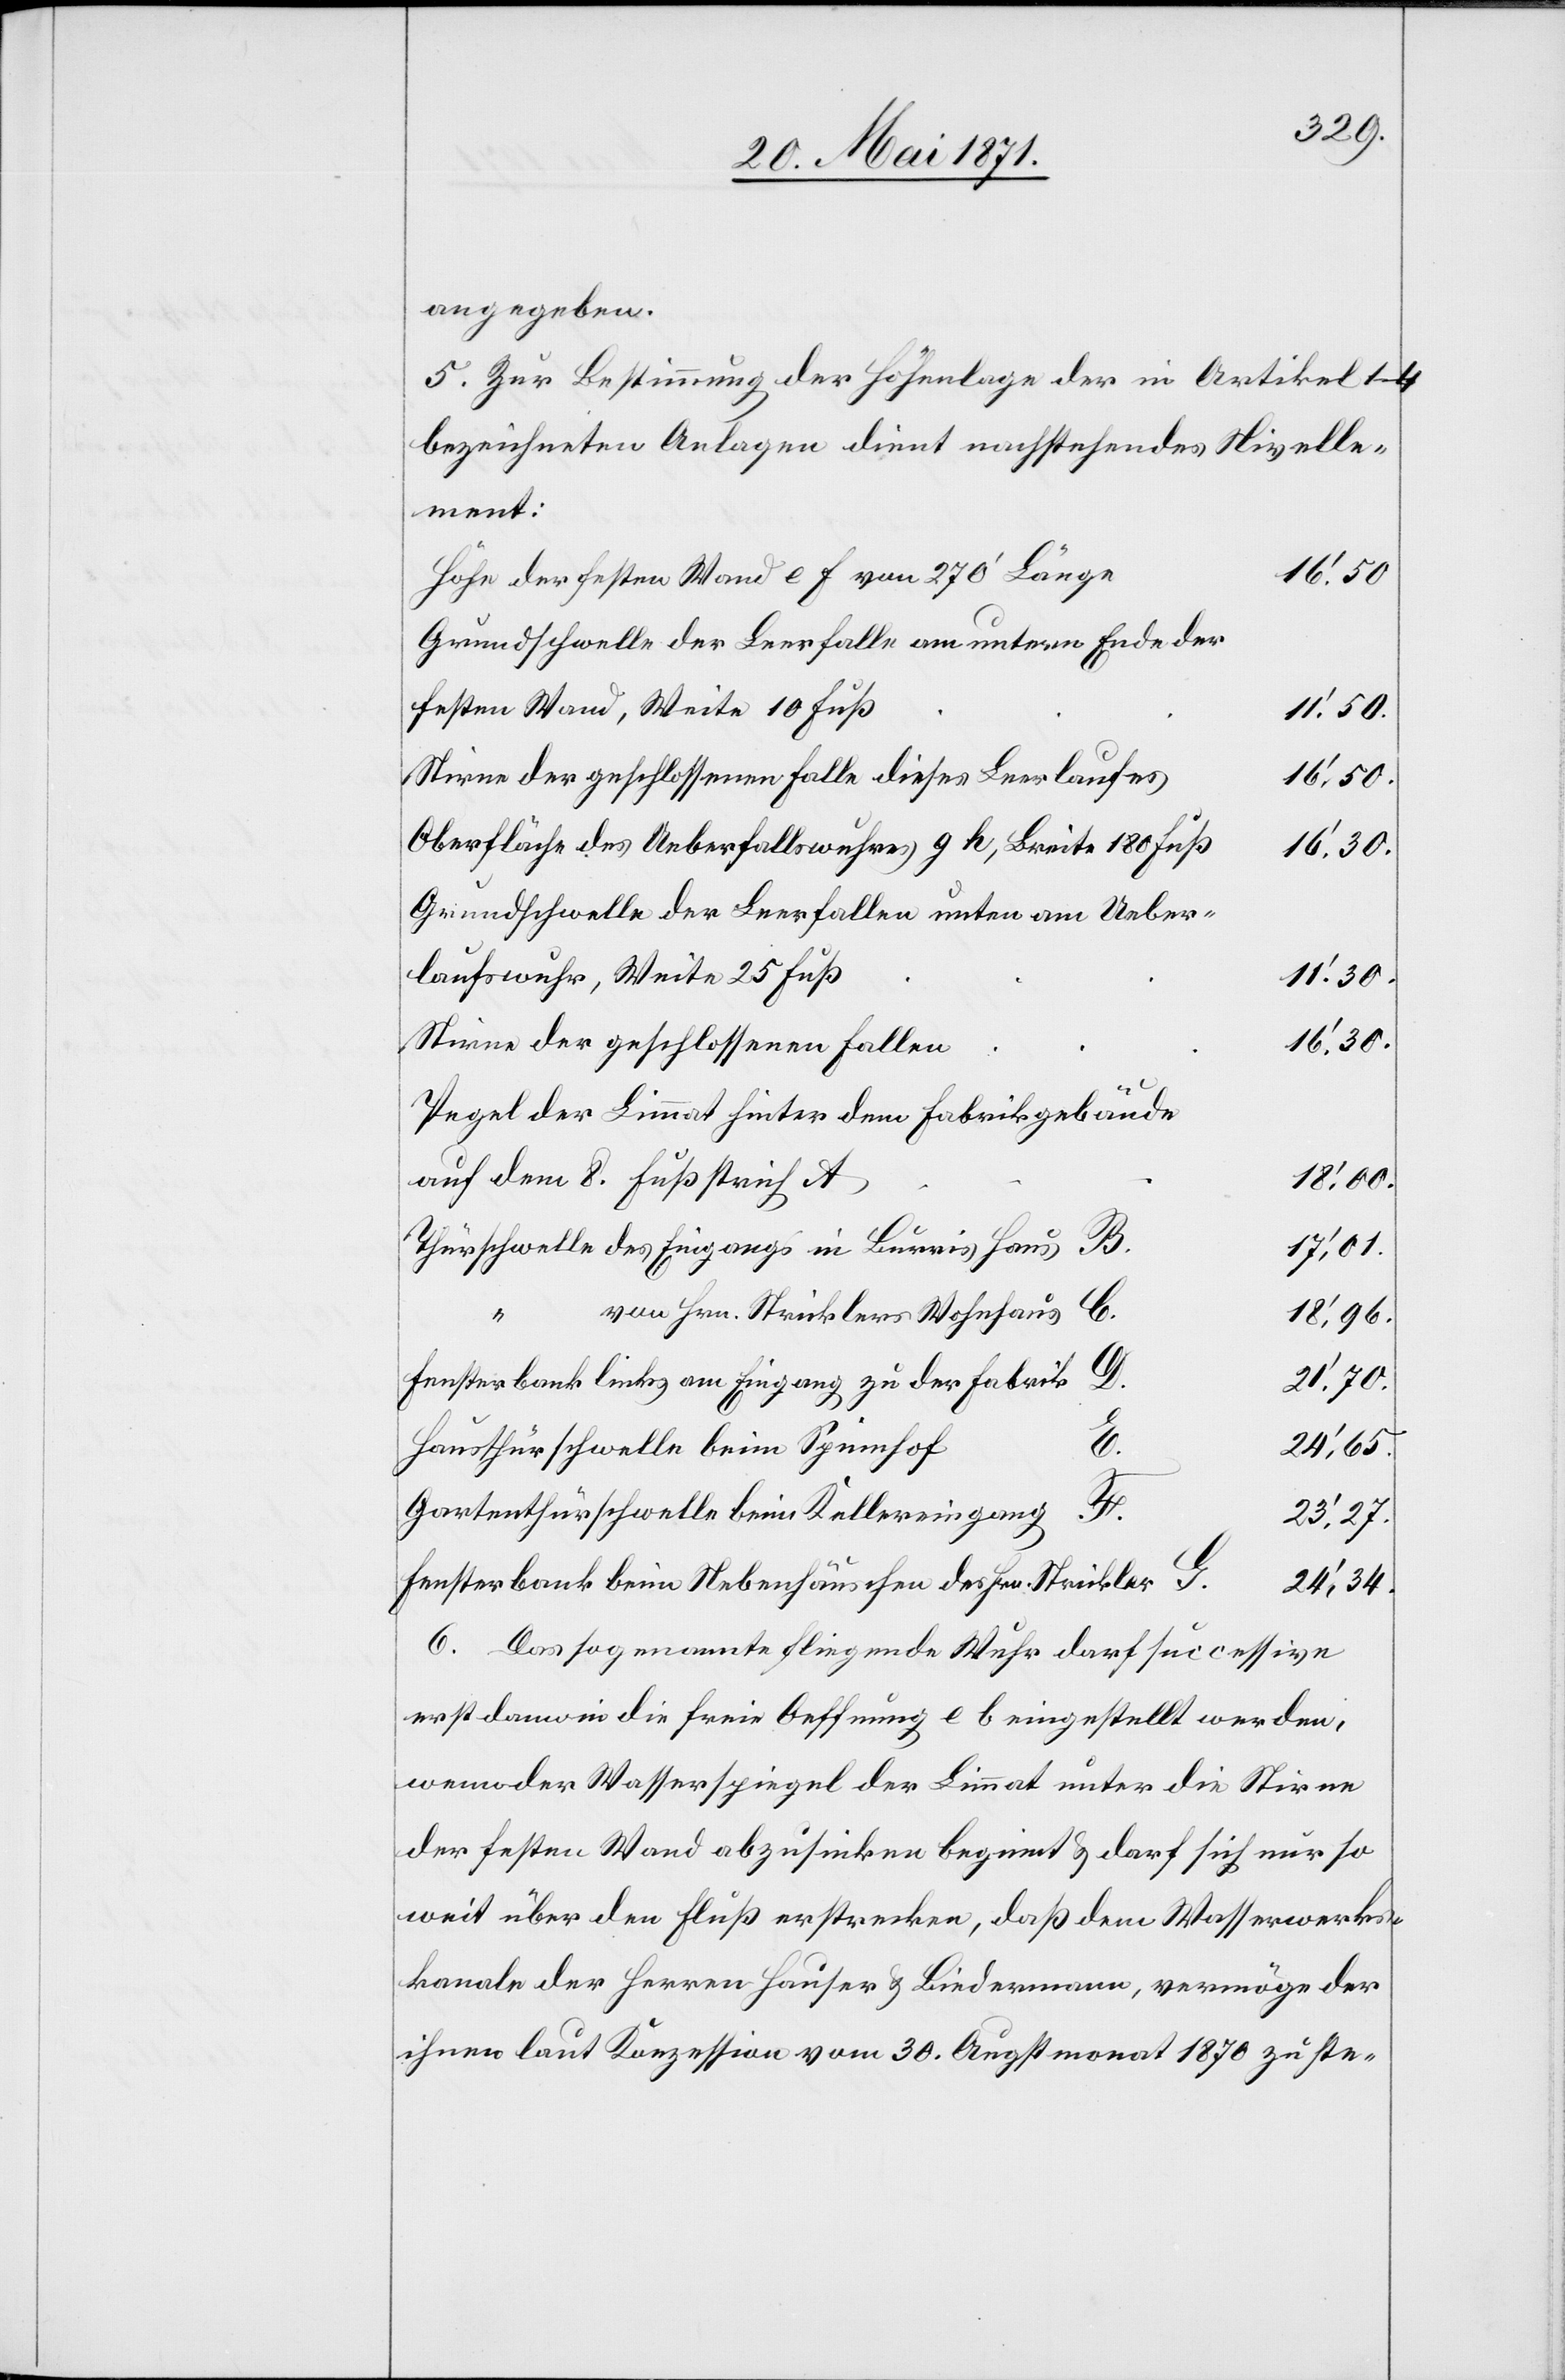
angegeben.
5. Zur Bestimmung der Höhenlage der in Artikel 1–4
bezeichneten Anlagen dient nachstehendes Nivelle¬
ment:
16‘.30.
Höhe der festen Wand e F von 270‘ Länge
Grundschwelle der Leerfalle am untern Ende der
festen Wand, Weite 10 Fuß
11‘.50.
Stirne der geschlossenen Falle dieses Leerlaufes
Oberfläche des Ueberfallswuhres g h, Breite 180 Fuß
16‘.30.
Grundschwelle der Leerfallen unten am Ueber¬
laufswuhr, Weite 25 Fuß
11‘.30.
Stirne der geschlossenen Fallen
Pegel der Limmat hinter dem Fabrikgebäude
auf dem 8. Fußstrich A
18‘.00.
Thürschwelle des Eingangs in Burris Haus B.
17‘.01.
von Hrn. Stricklers Wohnhaus C.
18‘.96.
Fensterbank links am Eingang zu der Fabrik
21‘.70.
Hausthürschwelle beim Spinnhof
24‘.65.
Gartenthürschwelle beim Kellereingang
23‘.27.
E.
Fensterbank beim Nebenhäuschen des Hrn. Strickler G.
24‘.34.
6. Das sogenannte fliegende Wuhr darf successive
erst dann in die freie Oeffnung e b eingestellt werden,
wenn der Wasserspiegel der Limmat unter die Stirne
der festen Wand abzusinken beginnt u. darf sich nur so
weit über den Fluß erstrecken, daß dem Wasserwerks¬
kanale der Herren Hauser u. Biedermann, vermöge der
ihnen laut Konzession vom 30. Augstmonat 1870 zuste-